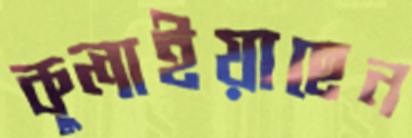
কুলাইয়াছেন